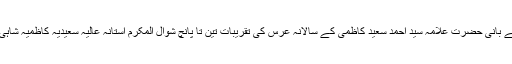
جمعیت علمائے پاکستان اور جماعت اہلسنت کے بانی حضرت علامہ سید احمد سعید کاظمی کے سالانہ عرس کی تقریبات تین تا پانچ شوال المکرم آستانہ عالیہ سعیدیہ کاظمیہ شاہی عید گاہ مین خانیوال روڈ ملتان میں جاری ہیں۔